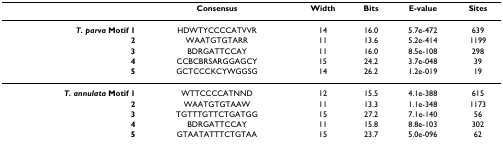
|  | Consensus | Width | Bits | E-value | Sites |
 | --- | --- | --- | --- | --- | --- |
 | T. parva Motif 1 | HDWTYCCCCATVVR | 14 | 16.0 | 5.7e-472 | 639 |
 | 2 | WAATGTGTARR | 11 | 13.6 | 5.2e-414 | 1199 |
 | 3 | BDRGATTCCAY | 11 | 16.0 | 8.5e-108 | 298 |
 | 4 | CCBCBRSARGGAGCY | 15 | 24.2 | 3.7e-048 | 39 |
 | 5 | GCTCCCKCYWGGSG | 14 | 26.2 | 1.2e-019 | 19 |
 | T. annulata Motif 1 | WTTCCCCATNND | 12 | 15.5 | 4.1e-388 | 615 |
 | 2 | WAATGTGTAAW | 11 | 13.3 | 1.1e-348 | 1173 |
 | 3 | TGTTTGTTCTGATGG | 15 | 27.2 | 7.1e-140 | 56 |
 | 4 | BDRGATTCCAY | 11 | 15.8 | 8.8e-103 | 302 |
 | 5 | GTAATATTTCTGTAA | 15 | 23.7 | 5.0e-096 | 62 |